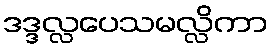
ဒဒ္ဒလ္လပေသမလ္လိကာ